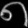
Digit: ၈